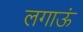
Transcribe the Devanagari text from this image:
लगाऊं